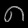
Digit: ၈